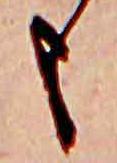
も